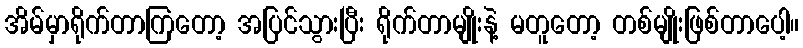
အိမ်မှာရိုက်တာကြတော့ အပြင်သွားပြီး ရိုက်တာမျိုးနဲ့ မတူတော့ တစ်မျိုးဖြစ်တာပေါ့။